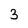
Character: 3